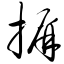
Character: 摒